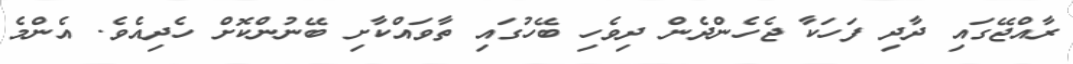
ރާއްޖޭގައި ދާދި ފަހަކާ ޖެހެންދެން ދިވެހި ބޭހުގައި ތާވައްކާށި ބޭނުންކޮށް ހެދިއެވެ. އެންމެ